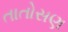
તાતોસણ